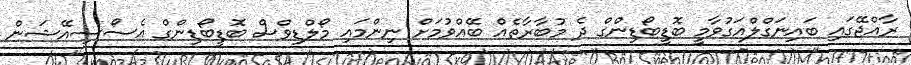
ރާއްޖޭގައި ބައިނަގްލްއަގުވާމީ ބޮޑީބޯޑިންގް ދެ މުބާރާތެއް ބޭއްވުމަށް ނިންމައި މޯލްޑިވްސް ބޮޑީބޯޑިންގް އެސޯސިއޭޝަން